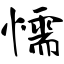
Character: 懦